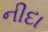
નીદા